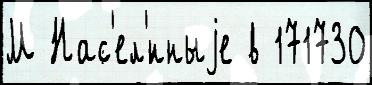
М Нас'ел'́нныjе в 171730